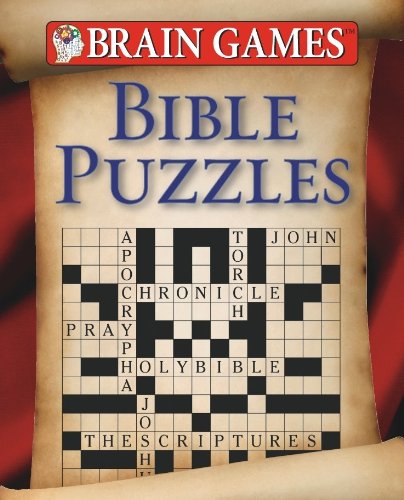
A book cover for Brain Games: Bible Puzzles (Brain Games (Unnumbered)); Editors of Brain Games; Humor & Entertainment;